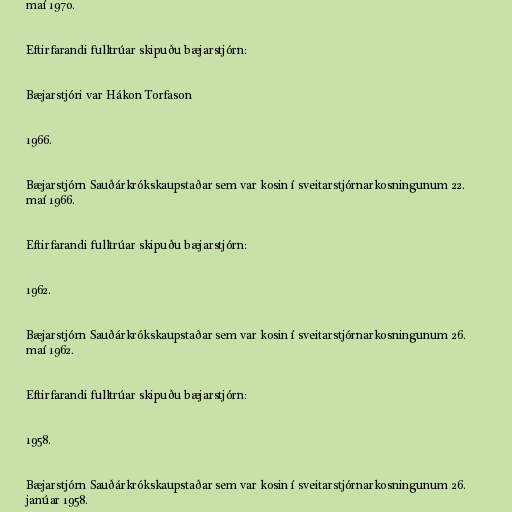
maí 1970.

Eftirfarandi fulltrúar skipuðu bæjarstjórn:

Bæjarstjóri var Hákon Torfason

1966.

Bæjarstjórn Sauðárkrókskaupstaðar sem var kosin í sveitarstjórnarkosningunum 22.
maí 1966.

Eftirfarandi fulltrúar skipuðu bæjarstjórn:

1962.

Bæjarstjórn Sauðárkrókskaupstaðar sem var kosin í sveitarstjórnarkosningunum 26.
maí 1962.

Eftirfarandi fulltrúar skipuðu bæjarstjórn:

1958.

Bæjarstjórn Sauðárkrókskaupstaðar sem var kosin í sveitarstjórnarkosningunum 26.
janúar 1958.